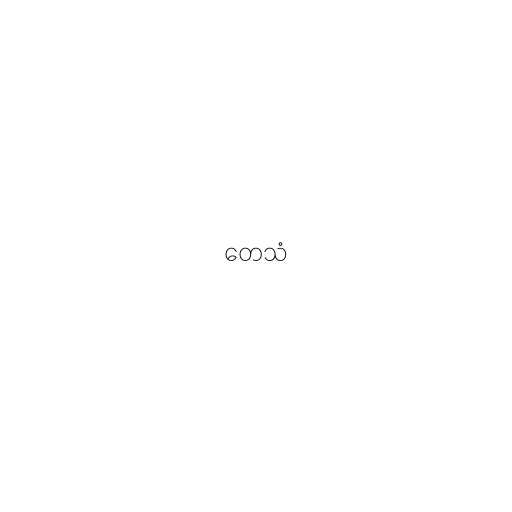
တေသံ